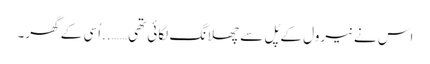
اس نے نیرول کے پُل سے چھلانگ لگائی تھی ……..اُسی کے گھر۔